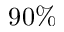
9 0 \%